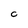
Character: C